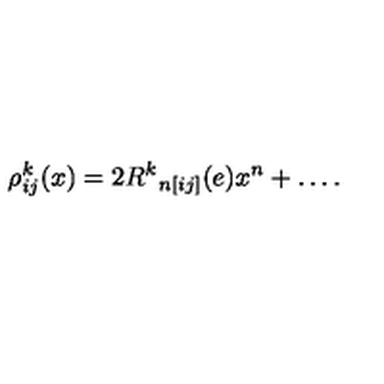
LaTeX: \rho _ { i j } ^ { k } ( x ) = 2 { R ^ { k } } _ { n [ i j ] } ( e ) x ^ { n } + \ldots .